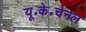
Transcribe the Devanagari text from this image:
यू॰के॰चेनल